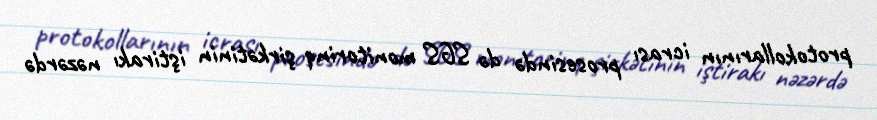
protokollarının icrası prosesində də SGS monitorinq şirkətinin iştirakı nəzərdə